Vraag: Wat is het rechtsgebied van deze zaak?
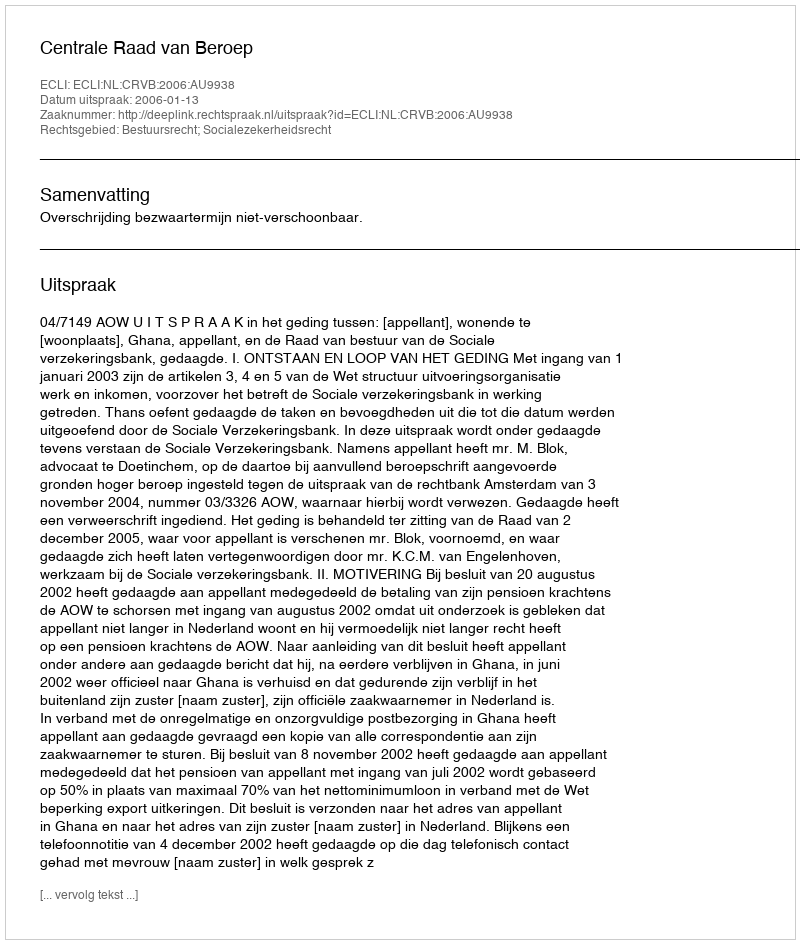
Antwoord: Bestuursrecht; Socialezekerheidsrecht